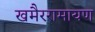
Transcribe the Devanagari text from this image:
खमैररामायण